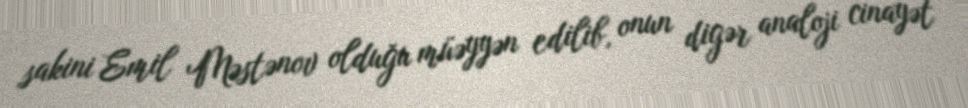
sakini Emil Məstənov olduğu müəyyən edilib, onun digər analoji cinayət